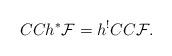
LaTeX: \begin{align*}CCh^*{\cal F}=h^!CC{\cal F}.\end{align*}